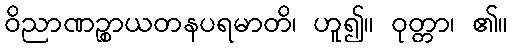
ဝိညာဏဉ္စာယတနပရမာတိ၊ ဟူ၍။ ဝုတ္တာ၊ ၏။